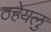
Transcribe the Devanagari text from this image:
ठहेयलु